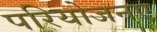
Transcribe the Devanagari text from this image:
परियोजनए